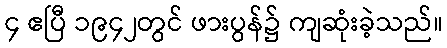
၄ ဧပြီ ၁၉၄၂တွင် ဖားပွန်၌ ကျဆုံးခဲ့သည်။